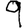
Digit: 9